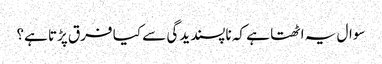
سوال یہ اٹھتا ہے کہ ناپسندیدگی سے کیا فرق پڑتا ہے؟